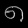
Digit: ၈